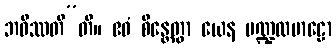
ဘဝိဿတီ”တိ။ ဧဝံ စိန္တေတွာ ယေန မဏ္ဍလမာဠော